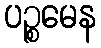
ပဉ္စမေန